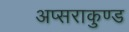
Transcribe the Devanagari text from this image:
अप्सराकुण्ड